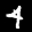
Label: 4